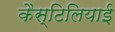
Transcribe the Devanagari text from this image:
कैस्टिलियाई